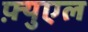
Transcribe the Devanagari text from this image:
फ़्युएल